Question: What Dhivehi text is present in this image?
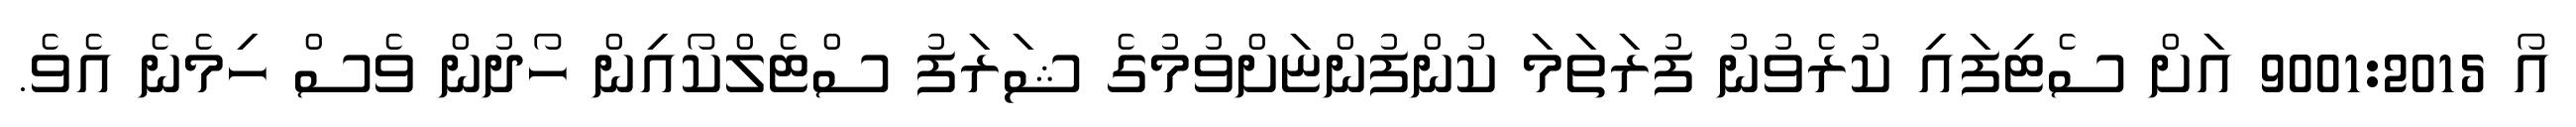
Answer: އޯ 9001:2015 އަށް ސެޓިފައި ކުރެވުނު ފުރަތަމަ ކުންފުންޏަށްވުމުގެ ޝަރަފު ސްޓެލްކޯއިން ހޯދުން ވެސް ހިމެނެ އެވެ.